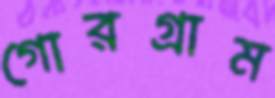
গোরগ্রাম